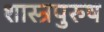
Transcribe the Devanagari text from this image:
शास्त्रपुरुष